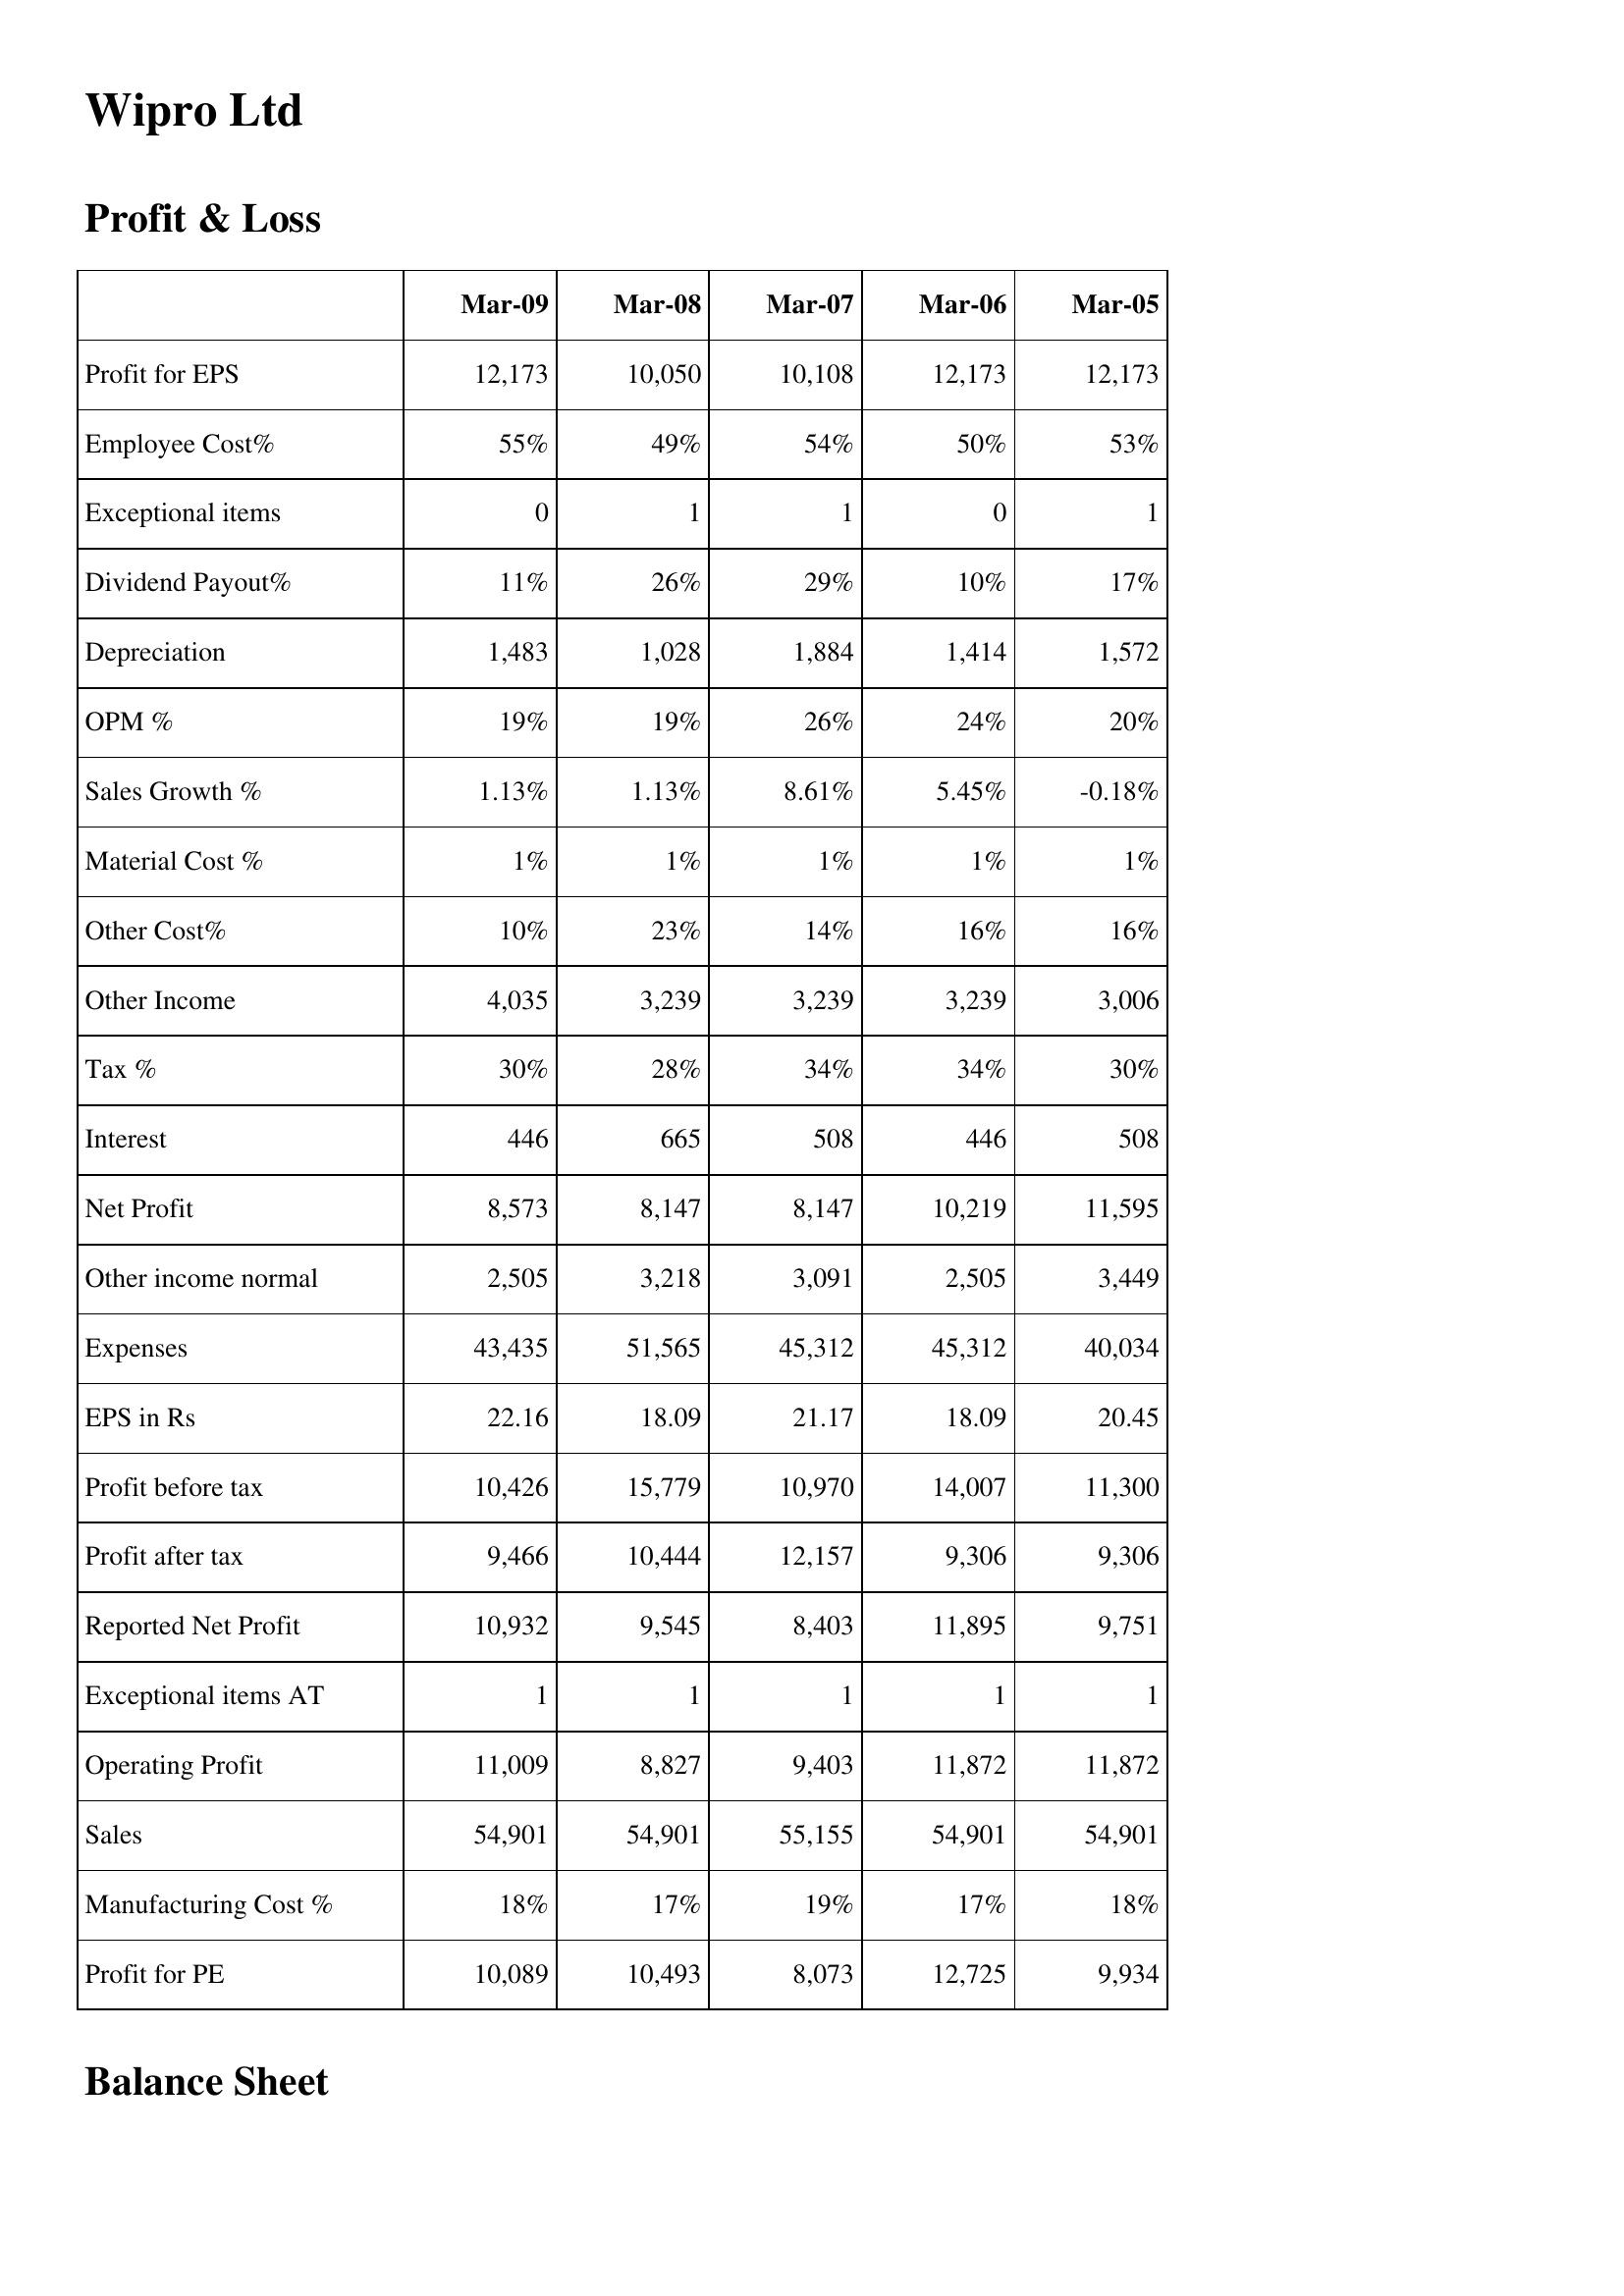
Mar-09: Profit & Loss: Profit for EPS: 12,173
Employee Cost%: 55%
Exceptional items: 0
Dividend Payout%: 11%
Depreciation: 1,483
OPM %: 19%
Sales Growth %: 1.13%
Material Cost %: 1%
Other Cost%: 10%
Other Income: 4,035
Tax %: 30%
Interest: 446
Net Profit: 8,573
Other income normal: 2,505
Expenses: 43,435
EPS in Rs: 22.16
Profit before tax: 10,426
Profit after tax: 9,466
Reported Net Profit: 10,932
Exceptional items AT: 1
Operating Profit: 11,009
Sales: 54,901
Manufacturing Cost %: 18%
Profit for PE: 10,089
Mar-08: Profit & Loss: Profit for EPS: 10,050
Employee Cost%: 49%
Exceptional items: 1
Dividend Payout%: 26%
Depreciation: 1,028
OPM %: 19%
Sales Growth %: 1.13%
Material Cost %: 1%
Other Cost%: 23%
Other Income: 3,239
Tax %: 28%
Interest: 665
Net Profit: 8,147
Other income normal: 3,218
Expenses: 51,565
EPS in Rs: 18.09
Profit before tax: 15,779
Profit after tax: 10,444
Reported Net Profit: 9,545
Exceptional items AT: 1
Operating Profit: 8,827
Sales: 54,901
Manufacturing Cost %: 17%
Profit for PE: 10,493
Mar-07: Profit & Loss: Profit for EPS: 10,108
Employee Cost%: 54%
Exceptional items: 1
Dividend Payout%: 29%
Depreciation: 1,884
OPM %: 26%
Sales Growth %: 8.61%
Material Cost %: 1%
Other Cost%: 14%
Other Income: 3,239
Tax %: 34%
Interest: 508
Net Profit: 8,147
Other income normal: 3,091
Expenses: 45,312
EPS in Rs: 21.17
Profit before tax: 10,970
Profit after tax: 12,157
Reported Net Profit: 8,403
Exceptional items AT: 1
Operating Profit: 9,403
Sales: 55,155
Manufacturing Cost %: 19%
Profit for PE: 8,073
Mar-06: Profit & Loss: Profit for EPS: 12,173
Employee Cost%: 50%
Exceptional items: 0
Dividend Payout%: 10%
Depreciation: 1,414
OPM %: 24%
Sales Growth %: 5.45%
Material Cost %: 1%
Other Cost%: 16%
Other Income: 3,239
Tax %: 34%
Interest: 446
Net Profit: 10,219
Other income normal: 2,505
Expenses: 45,312
EPS in Rs: 18.09
Profit before tax: 14,007
Profit after tax: 9,306
Reported Net Profit: 11,895
Exceptional items AT: 1
Operating Profit: 11,872
Sales: 54,901
Manufacturing Cost %: 17%
Profit for PE: 12,725
Mar-05: Profit & Loss: Profit for EPS: 12,173
Employee Cost%: 53%
Exceptional items: 1
Dividend Payout%: 17%
Depreciation: 1,572
OPM %: 20%
Sales Growth %: -0.18%
Material Cost %: 1%
Other Cost%: 16%
Other Income: 3,006
Tax %: 30%
Interest: 508
Net Profit: 11,595
Other income normal: 3,449
Expenses: 40,034
EPS in Rs: 20.45
Profit before tax: 11,300
Profit after tax: 9,306
Reported Net Profit: 9,751
Exceptional items AT: 1
Operating Profit: 11,872
Sales: 54,901
Manufacturing Cost %: 18%
Profit for PE: 9,934